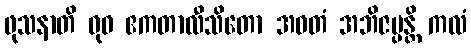
ဖုသနာတိ ဓုဝ ဧကတာလီသိတော အဝတံ အဘိဇပ္ပန္တိ ကလံ